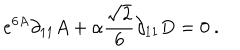
e ^ { 6 A } \partial _ { 1 1 } A + \alpha { \frac { \sqrt { 2 } } { 6 } } \partial _ { 1 1 } D = 0 \ .